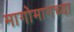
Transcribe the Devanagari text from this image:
मागोमागच्या